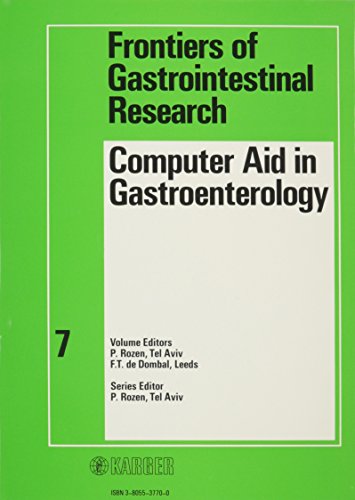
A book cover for Computer Aid in Gastroenterology (Frontiers of Gastrointestinal Research, Vol. 7); Medical Books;